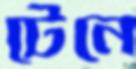
টেনে